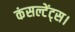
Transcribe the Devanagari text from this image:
कंसल्टेंट्स।